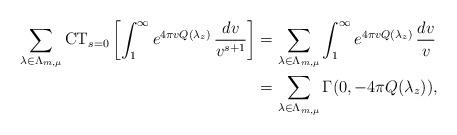
LaTeX: \begin{align*}\sum_{ \lambda\in \Lambda_{m,\mu} }\mathrm{CT}_{s=0}\left[\int_1^\infty e^{4\pi v Q(\lambda_z) } \, \frac{dv}{v^{s+1}}\right]& =\sum_{ \lambda\in \Lambda_{m,\mu} } \int_1^\infty e^{4\pi v Q(\lambda_z) } \, \frac{dv}{v} \\& =\sum_{ \lambda\in \Lambda_{m,\mu} } \Gamma(0 , -4\pi Q(\lambda_z)), \end{align*}